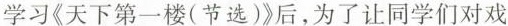
学习《天下第一楼(节选)》后，为了让同学们对戏